Annual report of the Punjab Veterinary College and of the Civil Veterinary Department, Punjab - 1926-1932
Year: 1926
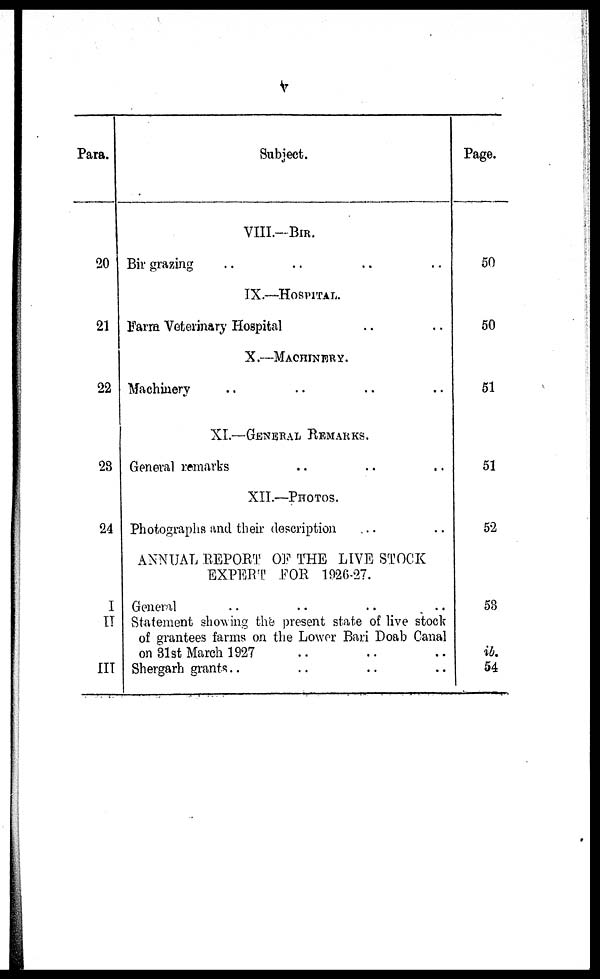
V
Para.
20
21
22
28
24
I
II
III
Subject.
VIII.-BIR.
Bir grazing .. .. .. ..
IX.—HOSPITAL.
Farm Veterinary Hospital .. .. ..
X.—MACHINERY.
Machinery .. .. .. ..
XI.—GENERAL REMARKS.
General remarks .. .. ..
XII.—PHOTOS.
Photographs and their description .. ..
ANNUAL REPORT OF THE LIVE STOCK
EXPERT FOR 1926-27.
General
..
..
.. ..
Statement showing the present state of live stock
of grantees farms on the Lower Bari Doab Canal
on 31st March 1927 .. .. ..
Shergarh grants .. .. .. ..
Page.
50
50
51
51
52
53
ib.
54